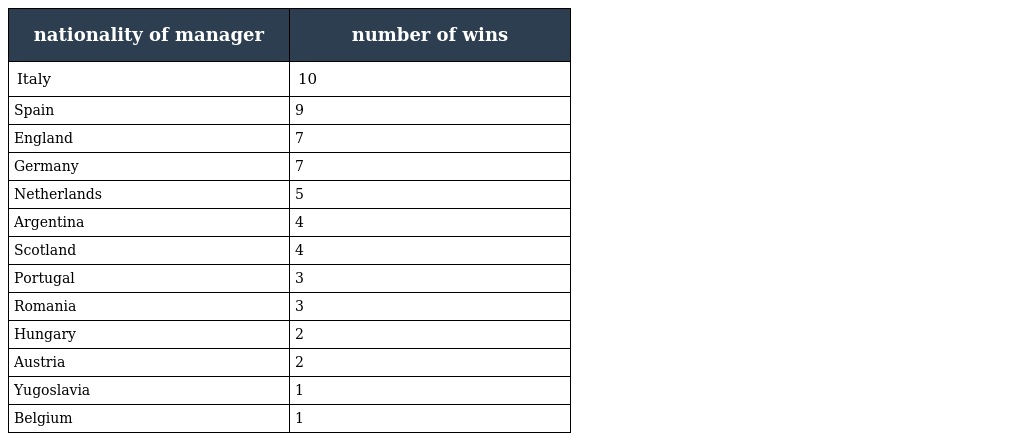
| nationality of manager | number of wins |
 | --- | --- |
 | Italy | 10 |
 | Spain | 9 |
 | England | 7 |
 | Germany | 7 |
 | Netherlands | 5 |
 | Argentina | 4 |
 | Scotland | 4 |
 | Portugal | 3 |
 | Romania | 3 |
 | Hungary | 2 |
 | Austria | 2 |
 | Yugoslavia | 1 |
 | Belgium | 1 |